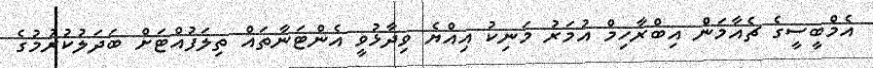
އެމްބީސީގެ ޗެއާމަން އިބްރާހިމް އުމަރު މަނިކު އިއްޔެ ވިދާޅުވީ އެންޓަނާތައް ތިލަފުއްޓަށް ބަދަލުކުރުމުގެ